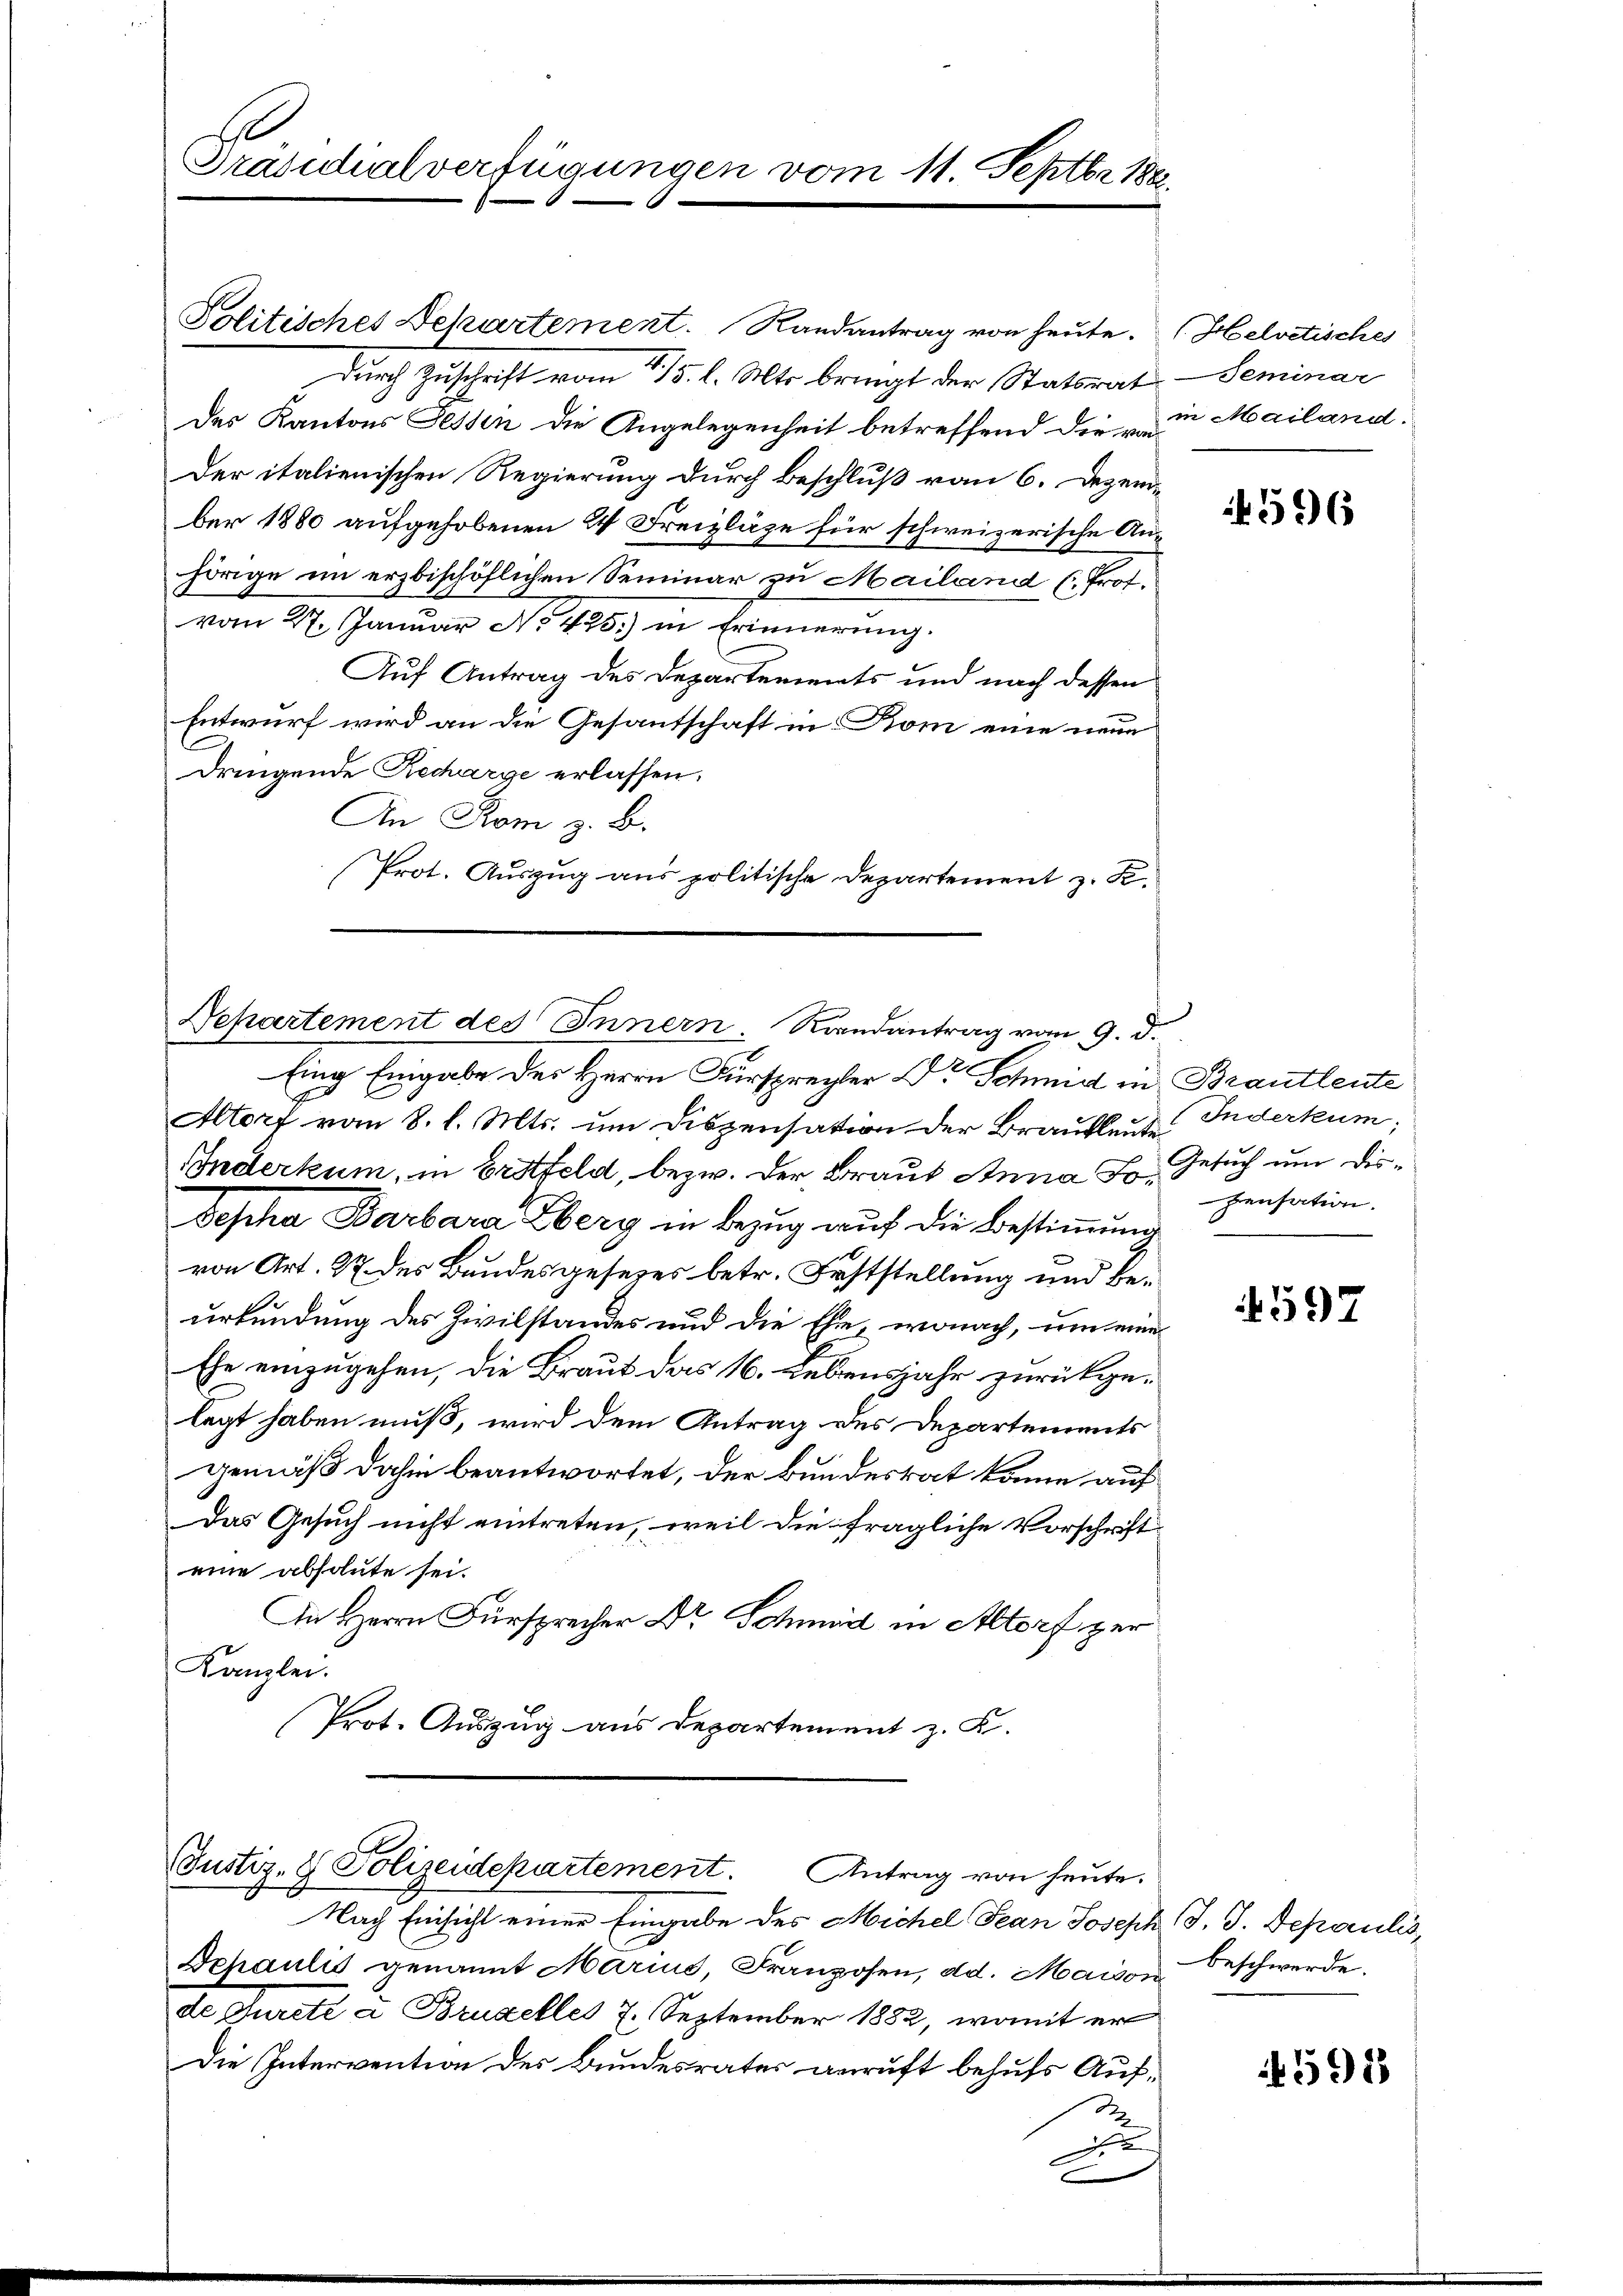
Präsidialverfügungen vom 11. Septbr 188.

Politisches Dekartement. Randantrag von heute.
durch Zuschrift vom 15. l. Mts. bringt der Statsrat
des Kantons Fessen die Angelegenheit betreffend die u. in Mailand.
Der italienischen Regierung durch Beschluß vom 6. Dezem-
ber 1880 aufgehobenen 24. Freizläge für schweizerische Anhörige im erzbischöflichen Seminar zu Mailand C. Prof.
vom 27. Januar No 425.) in Erinnerung.
Auf Antrag des Departements und nach dessen
Entwurf wird an die Gesantschaft in Rom eine neue
dringende Recharge erlassen.
An Rom z. B.
Prot. Auszug aus politische Departement z. K.

Separtement des Innern. Randantrag vom 9. d.
fing Eingabe der Herrn Fürsprecher Dr. Schmid in Brautleute

Altorf vom 8. l. Mts. um Diszensation der Brautleute Inderkum;
Inderkum, in Erstfeld, bezw. der Braut Anna E. Gesuch um Dis¬
Depha Barbara Eberg in Bezug auf die Bestimmung
von Art. 27 des Bundesgesezes betr. Feststellung und Beurkundung des Zivilstandes und die Ehe, wonach, um eine
Ehe einzugehen, die Braut das 16. Lebensjahr zurückgelegt haben muß, wird dem Antrag des Departements
gemäß dahin beantwortet, der Bundesrat könne auf
Das Gesuch nicht eintreten, weil die fragliche Vorschrift
eine absolute sei.
An Herrn Fürsprecher Dr Schmid in Altorf zur
Kanzlei.
Prot. Auszug aus Departement z. B.

Justiz- & Polizeidepartement. Antrag von heute.
Nach Einsicht einer Eingabe des Michel Jean Joseph J. J. Depaulis,

Depaulis genannt Marius, Franzosen, d. Maison Beschwerde.
de Jurete a Brudelles 7. September 1882, womit er
Die Intervention des Bundesrates anruft behufs Aufd

(Helvetisches
Seminar

596

pensation.

4597

591